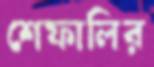
শেফালির